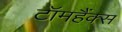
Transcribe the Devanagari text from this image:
टॉमहैंक्स